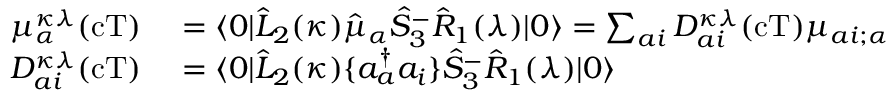
\begin{array} { r l } { \mu _ { \alpha } ^ { \kappa \lambda } ( \mathrm { c T } ) } & { { } = \langle 0 | \hat { L } _ { 2 } ( \kappa ) \hat { \mu } _ { \alpha } \hat { S } _ { 3 } ^ { - } \hat { R } _ { 1 } ( \lambda ) | 0 \rangle = \sum _ { a i } D _ { a i } ^ { \kappa \lambda } ( \mathrm { c T } ) \mu _ { a i ; \alpha } } \\ { D _ { a i } ^ { \kappa \lambda } ( \mathrm { c T } ) } & { { } = \langle 0 | \hat { L } _ { 2 } ( \kappa ) \{ a _ { a } ^ { \dagger } a _ { i } \} \hat { S } _ { 3 } ^ { - } \hat { R } _ { 1 } ( \lambda ) | 0 \rangle } \end{array}